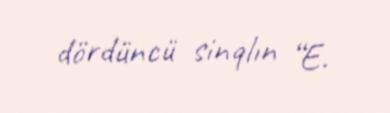
dördüncü sinqlın “E.